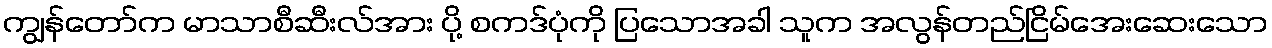
ကျွန်တော်က မာသာစီဆီးလ်အား ပို့ စကဒ်ပုံကို ပြသောအခါ သူက အလွန်တည်ငြိမ်အေးဆေးသော